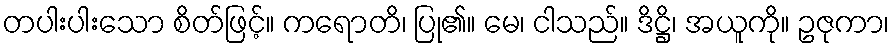
တပါးပါးသော စိတ်ဖြင့်။ ကရောတိ၊ ပြု၏။ မေ၊ ငါသည်။ ဒိဋ္ဌိ၊ အယူကို။ ဥဇုကာ၊